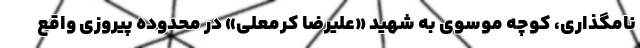
نامگذاری، کوچه موسوی به شهید «علیرضا کرمعلی» در محدوده پیروزی واقع